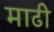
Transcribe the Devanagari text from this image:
माढी